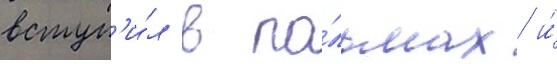
вступ'и́л в па́льмах и́